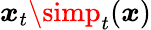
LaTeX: \boldsymbol{\mathit{x}}_{t}\simp_{t}(\boldsymbol{\mathit{x}})